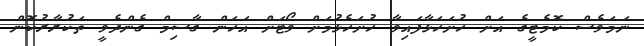
ނަމަވެސް ކޮމެޓީގެ އަށް ހުށަހަޅާފައިވާ ހުށަހެޅުމަށް ވޯޓަށް އަހަން ގާސިމް ގެންދެވީ ތަކުރާރުކޮން